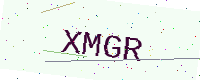
Text: XMGR